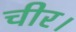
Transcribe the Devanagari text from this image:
चीर।